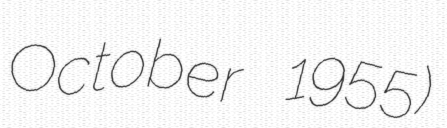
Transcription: October 1955)